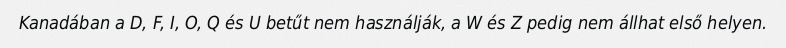
Kanadában a D, F, I, O, Q és U betűt nem használják, a W és Z pedig nem állhat első helyen.